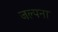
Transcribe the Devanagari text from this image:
जल्पना